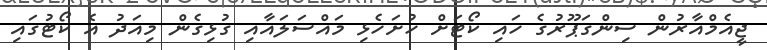
ޖީއެމްއާރުން ސިންގަޕޫރުގެ ހައި ކޯޓަށް ހުށަހެޅި މައްސަލައާއި ގުޅިގެން މިއަދު އެ ކޯޓުގައި